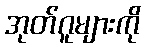
အုတ်ဂူများကို